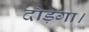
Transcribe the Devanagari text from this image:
दौड़ेगा।